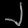
Digit: ၂